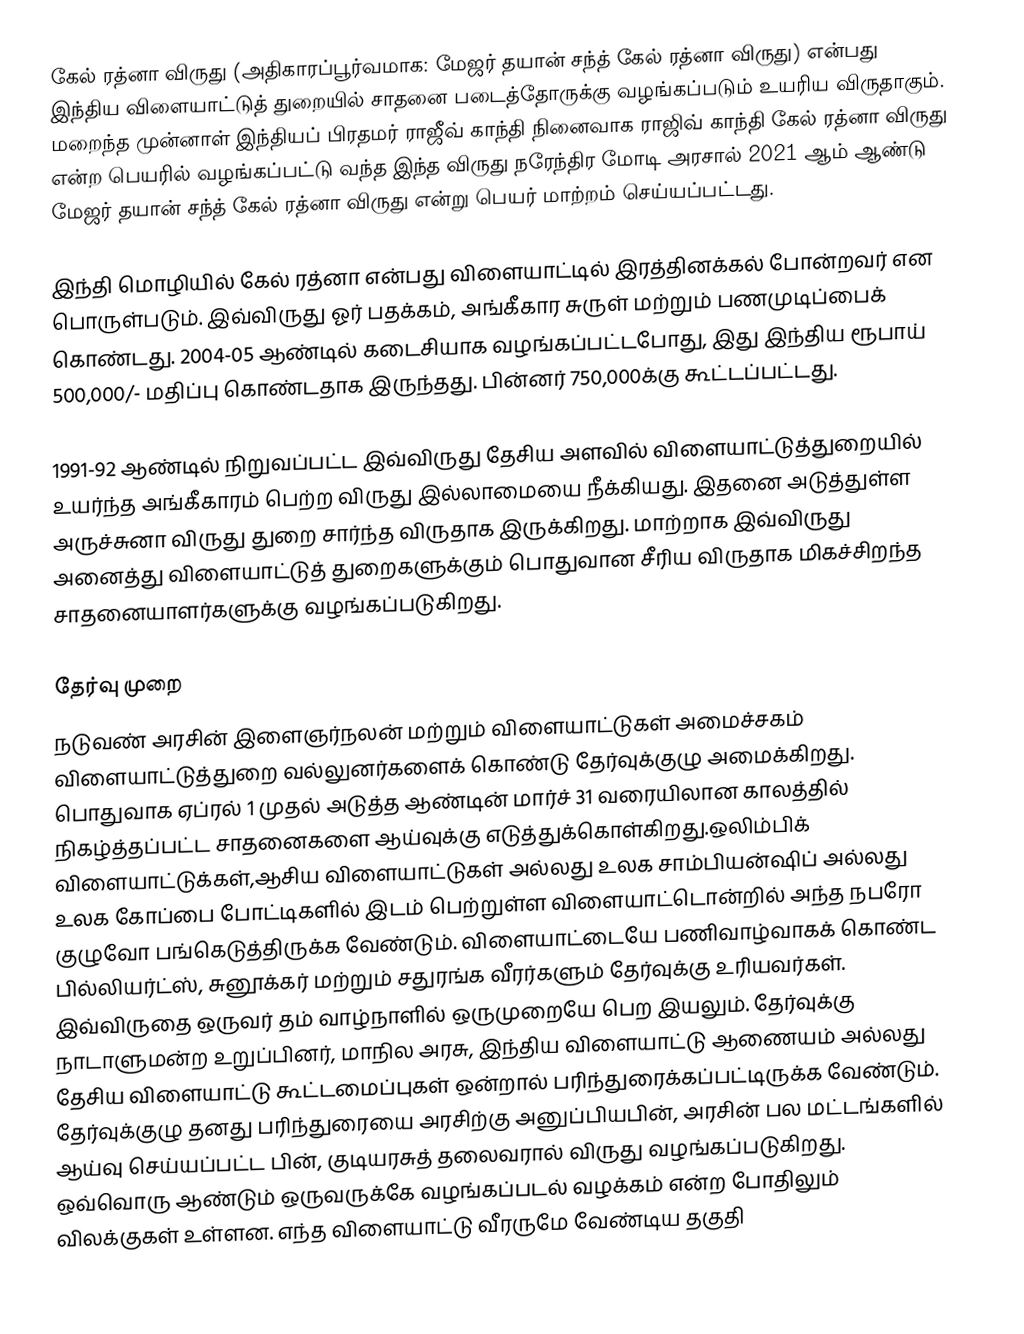
கேல் ரத்னா விருது (அதிகாரப்பூர்வமாக: மேஜர் தயான் சந்த் கேல் ரத்னா விருது) என்பது இந்திய விளையாட்டுத் துறையில் சாதனை படைத்தோருக்கு வழங்கப்படும் உயரிய விருதாகும். மறைந்த முன்னாள் இந்தியப் பிரதமர் ராஜீவ் காந்தி நினைவாக ராஜிவ் காந்தி கேல் ரத்னா விருது என்ற பெயரில் வழங்கப்பட்டு வந்த இந்த விருது நரேந்திர மோடி அரசால் 2021 ஆம் ஆண்டு மேஜர் தயான் சந்த் கேல் ரத்னா விருது என்று பெயர் மாற்றம் செய்யப்பட்டது.

இந்தி மொழியில் கேல் ரத்னா என்பது விளையாட்டில் இரத்தினக்கல் போன்றவர் என பொருள்படும். இவ்விருது ஓர் பதக்கம், அங்கீகார சுருள் மற்றும் பணமுடிப்பைக் கொண்டது. 2004-05 ஆண்டில் கடைசியாக வழங்கப்பட்டபோது, இது இந்திய ரூபாய் 500,000/- மதிப்பு கொண்டதாக இருந்தது. பின்னர் 750,000க்கு கூட்டப்பட்டது.

1991-92 ஆண்டில் நிறுவப்பட்ட இவ்விருது தேசிய அளவில் விளையாட்டுத்துறையில் உயர்ந்த அங்கீகாரம் பெற்ற விருது இல்லாமையை நீக்கியது. இதனை அடுத்துள்ள அருச்சுனா விருது துறை சார்ந்த விருதாக இருக்கிறது. மாற்றாக இவ்விருது அனைத்து விளையாட்டுத் துறைகளுக்கும் பொதுவான சீரிய விருதாக மிகச்சிறந்த சாதனையாளர்களுக்கு வழங்கப்படுகிறது.

தேர்வு முறை
நடுவண் அரசின் இளைஞர்நலன் மற்றும் விளையாட்டுகள் அமைச்சகம் விளையாட்டுத்துறை வல்லுனர்களைக் கொண்டு தேர்வுக்குழு அமைக்கிறது. பொதுவாக ஏப்ரல் 1 முதல் அடுத்த ஆண்டின் மார்ச் 31 வரையிலான காலத்தில் நிகழ்த்தப்பட்ட சாதனைகளை ஆய்வுக்கு எடுத்துக்கொள்கிறது.ஒலிம்பிக் விளையாட்டுக்கள்,ஆசிய விளையாட்டுகள் அல்லது உலக சாம்பியன்ஷிப் அல்லது உலக கோப்பை போட்டிகளில் இடம் பெற்றுள்ள விளையாட்டொன்றில் அந்த நபரோ குழுவோ பங்கெடுத்திருக்க வேண்டும். விளையாட்டையே பணிவாழ்வாகக் கொண்ட பில்லியர்ட்ஸ், சுனூக்கர் மற்றும் சதுரங்க வீரர்களும் தேர்வுக்கு உரியவர்கள். இவ்விருதை ஒருவர் தம் வாழ்நாளில் ஒருமுறையே பெற இயலும். தேர்வுக்கு நாடாளுமன்ற உறுப்பினர், மாநில அரசு, இந்திய விளையாட்டு ஆணையம் அல்லது தேசிய விளையாட்டு கூட்டமைப்புகள் ஒன்றால் பரிந்துரைக்கப்பட்டிருக்க வேண்டும். தேர்வுக்குழு தனது பரிந்துரையை அரசிற்கு அனுப்பியபின், அரசின் பல மட்டங்களில் ஆய்வு செய்யப்பட்ட பின், குடியரசுத் தலைவரால் விருது வழங்கப்படுகிறது. ஒவ்வொரு ஆண்டும் ஒருவருக்கே வழங்கப்படல் வழக்கம் என்ற போதிலும் விலக்குகள் உள்ளன. எந்த விளையாட்டு வீரருமே வேண்டிய தகுதி